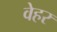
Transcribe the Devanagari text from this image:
वेहर